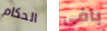
الحكام بافي